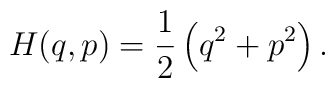
H(q,p)={1\over2}\left(q^2+p^2\right).